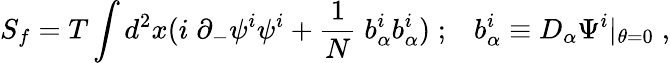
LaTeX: S_{f}=T\int d^{2}x(i\; \partial_{-}\psi^{i}\psi^{i}+{\frac{1}{N}}\; b_{\alpha}^{i}b_{\alpha}^{i})\; ;\; \; \; b_{\alpha}^{i}\equiv D_{\alpha}\Psi^{i}|_{\theta=0}\; ,